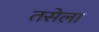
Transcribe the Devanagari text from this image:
तसेला